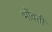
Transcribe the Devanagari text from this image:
भोंवतीं